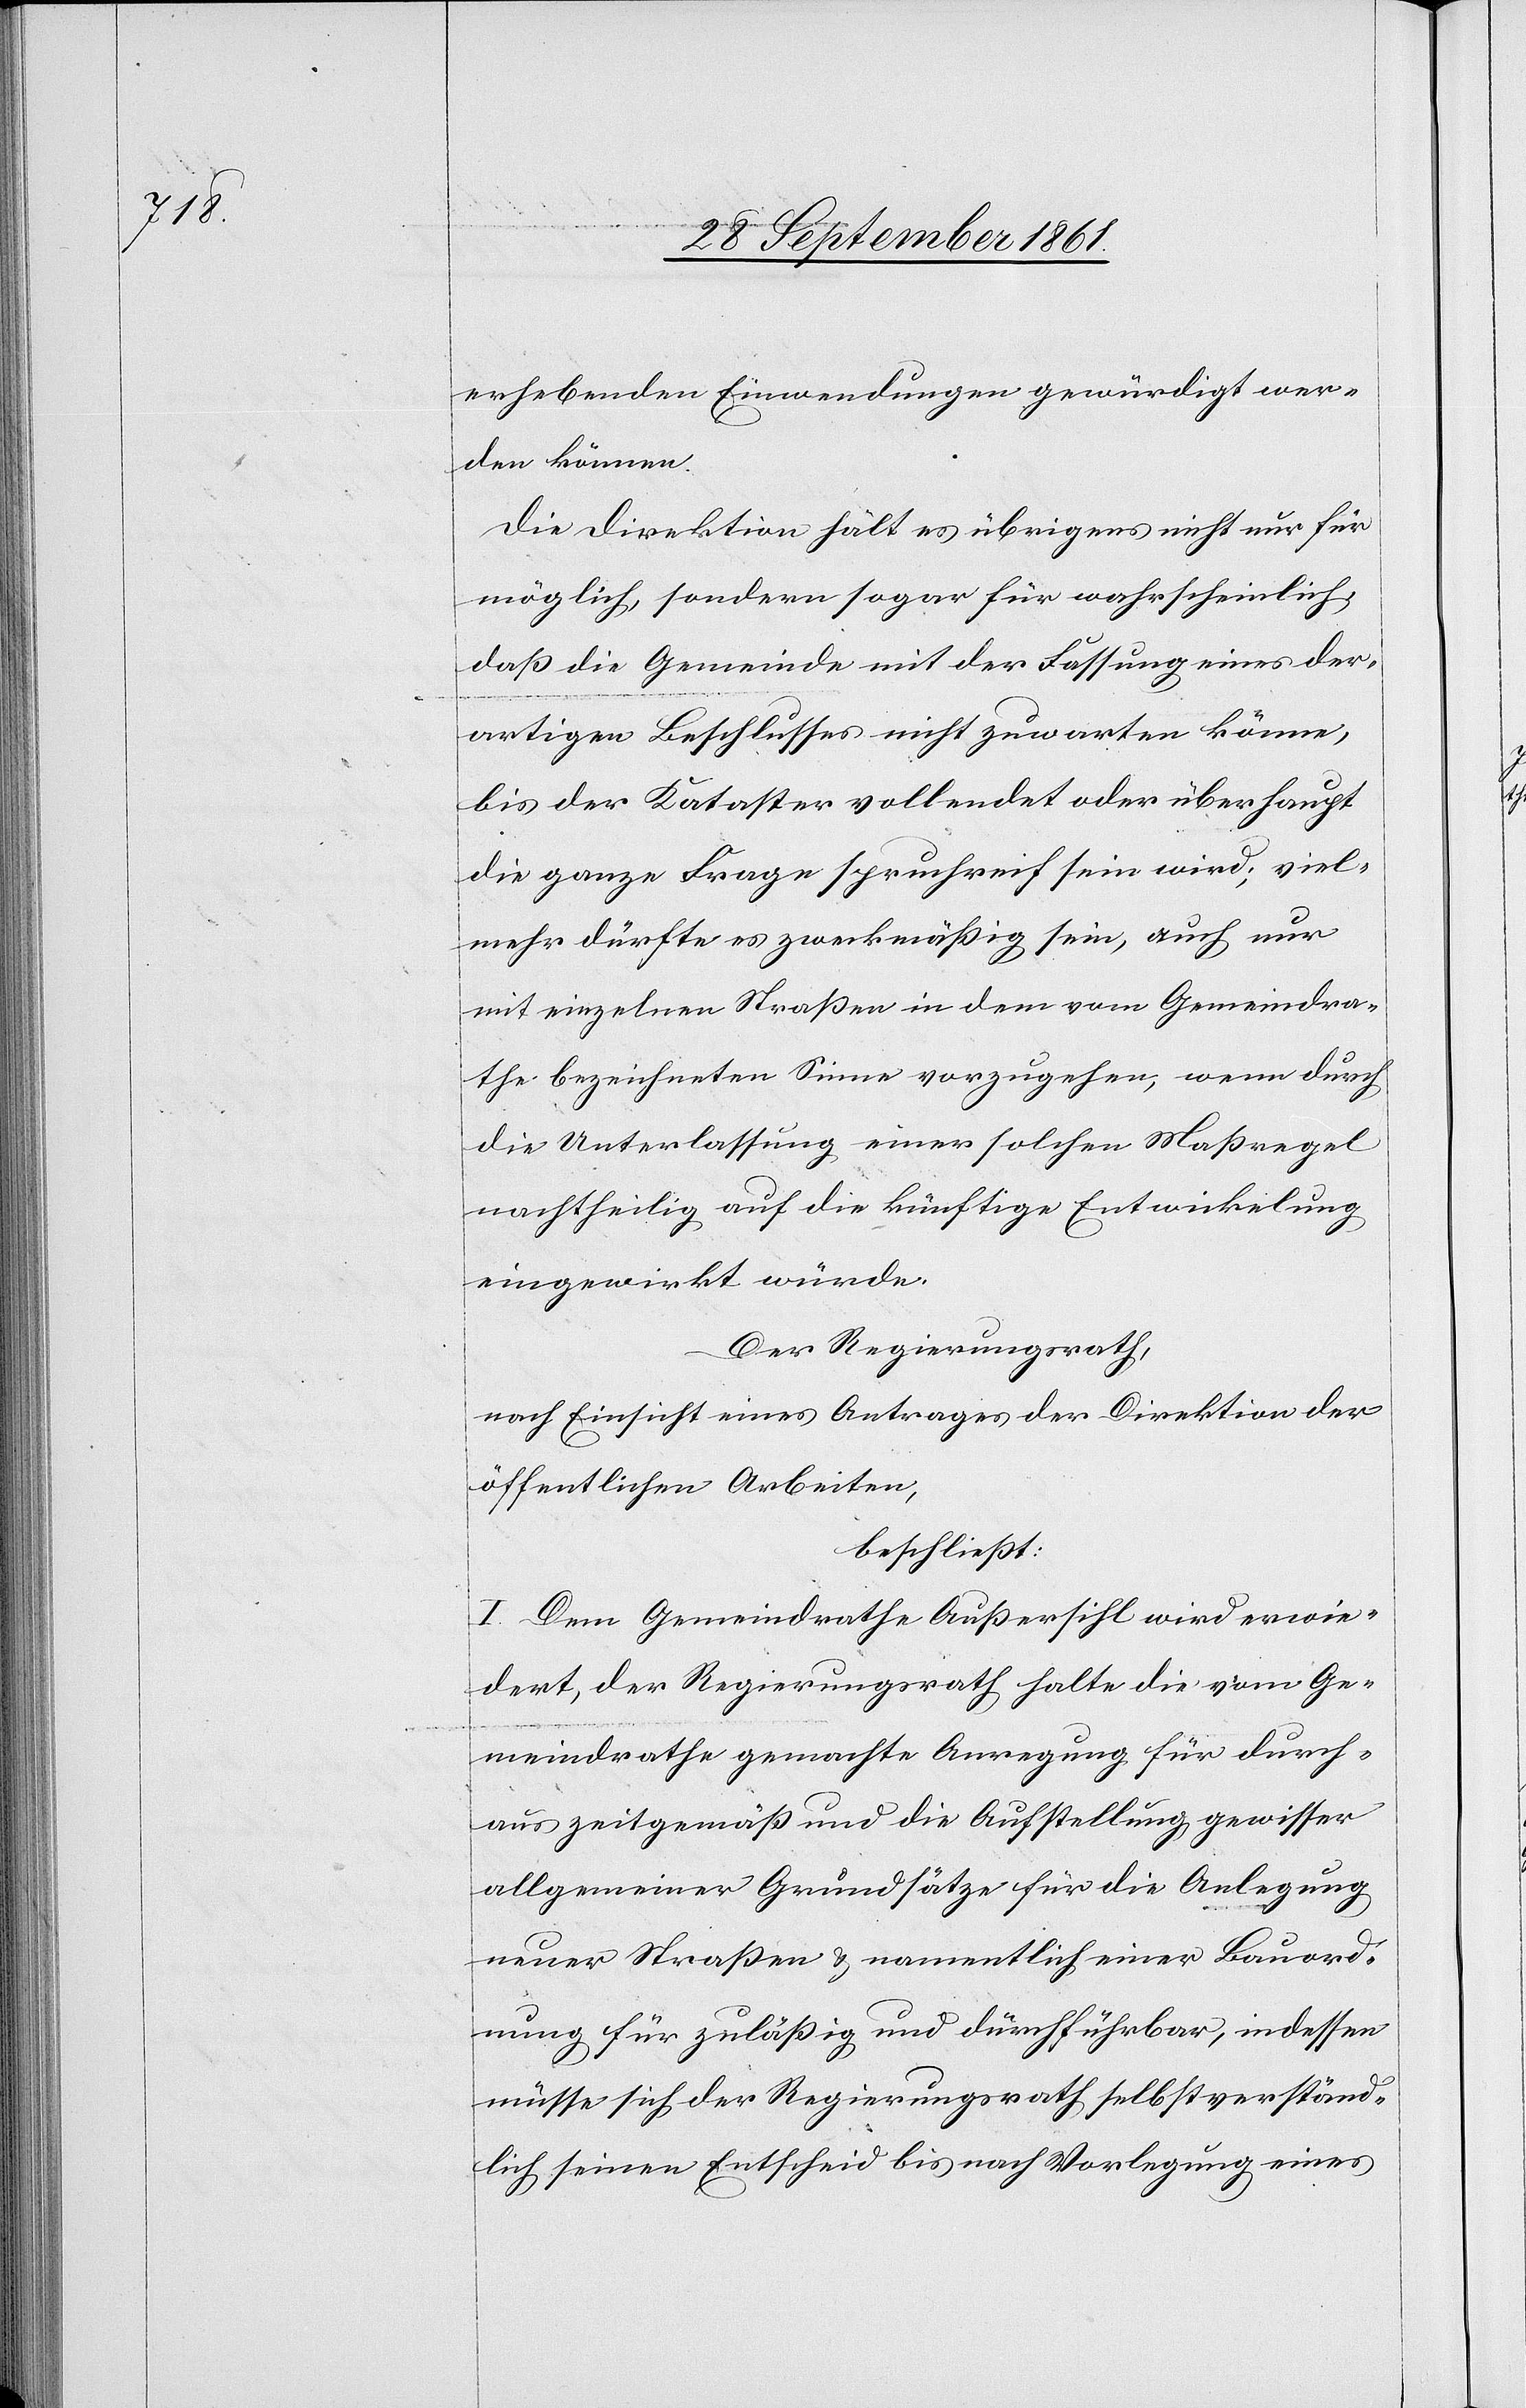
erhebenden Einwendungen gewürdigt wer¬
den können.
Die Direktion hält es übrigens nicht für
möglich, sondern sogar für wahrscheinlich,
daß die Gemeinde mit der Fassung eines der¬
artigen Beschlusses nicht zuwarten könne,
bis der Kataster vollendet oder überhaupt
die ganze Frage spruchreif sein wird; viel¬
mehr dürfte es zweckmäßig sein, auch nur
mit einzelnen Straßen in dem vom Gemeindra¬
the bezeichneten Sinne vorzugehen, wenn durch
die Unterlassung einer solchen Maßregel
nachtheilig auf die künftige Entwicklung
eingewirkt würde.
Der Regierungsrath,
nach Einsicht eines Antrages der Direktion der
öffentlichen Arbeiten,
beschließt:
I. Dem Gemeindrathe Außersihl wird erwie¬
dert, der Regierungsrath halte die vom Ge¬
meindrathe gemachte Anregung für durch¬
aus zeitgemäß und die Aufstellung gewisser
allgemeiner Grundsätze für die Anlegung
neuer Straßen u. namentlich einer Bauord¬
nung für zuläßig und durchführbar, indessen
müsse sich der Regierungsrath selbstverständ¬
lich seinen Entscheid bis nach Vorlegung eines